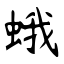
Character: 蛾